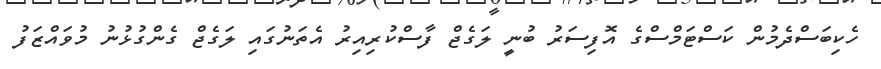
ހެކިބަސްދެމުން ކަސްޓަމްސްގެ އޮފިސަރު ބުނީ ލަގެޖް ފާސްކުރިއިރު އެތަނުގައި ލަގެޖް ގެންގުޅުނު މުވައްޒަފު